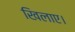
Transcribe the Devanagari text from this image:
खिलाए।